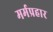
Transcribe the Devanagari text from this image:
मर्मप्रहार